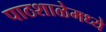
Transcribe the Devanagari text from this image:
पाठशाळेमध्ये